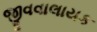
જીવવાલાયક